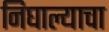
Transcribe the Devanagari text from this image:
निघाल्याचा